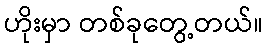
ဟိုးမှာ တစ်ခုတွေ့တယ်။